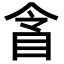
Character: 𥅍